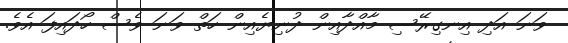
ވަނަ އަދި އިނގިރޭސި މާއްދާއިން ދުނިޔެއިން ހަތް ވަނަ ވެސް ހޯދައިފަ އެވެ.